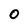
Character: 0